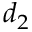
d _ { 2 }